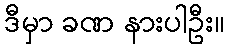
ဒီမှာ ခဏ နားပါဦး။